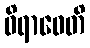
ဝိရာဓေတိ